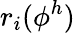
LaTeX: r_{i}(\phi^{h})